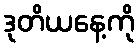
ဒုတိယနေ့ကို